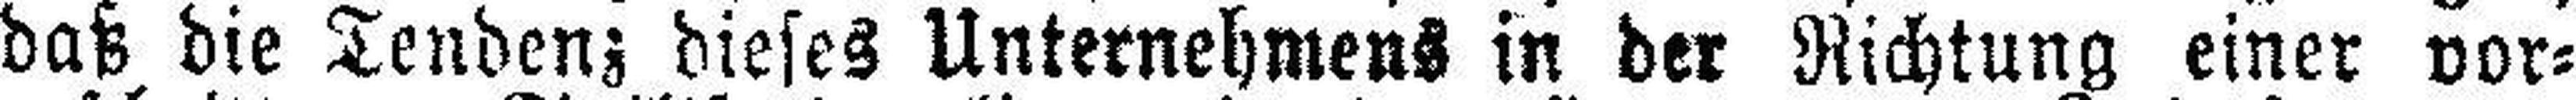
daß die Tendenz dieses Unternehmens in der Richtung einer vor¬